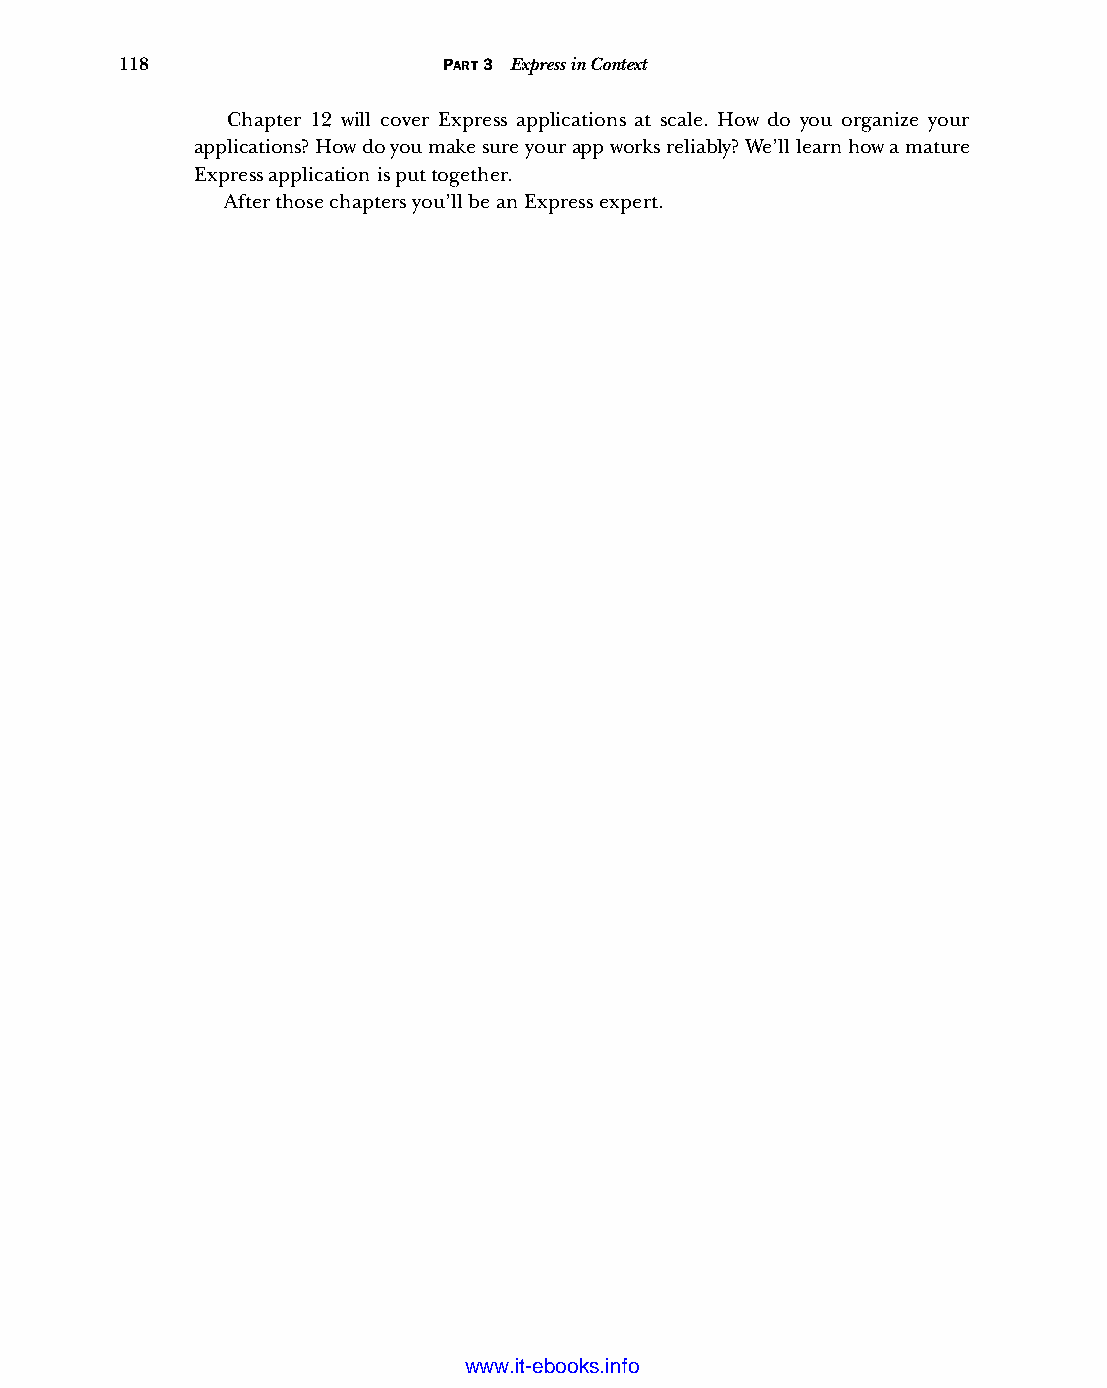
118                  PART 3 Express in Context
 Chapter 12 will cover Express applications at scale. How do you organize your
 applications? How do you make sure your app works reliably? We’ll learn how a mature
 Express application is put together.
 After those chapters you’ll be an Express expert.
 Licensed wtow w <.mit-ielebro.8o8k8s@.ingfomail.com>